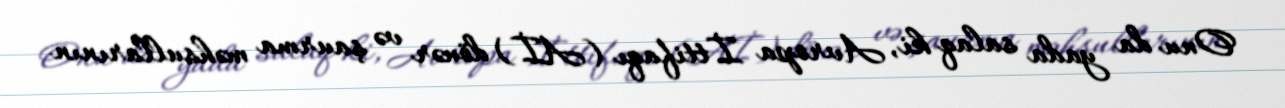
Onu da yada salaq ki, Avropa İttifaqı (Aİ) dönər və şaurma məhsullarının